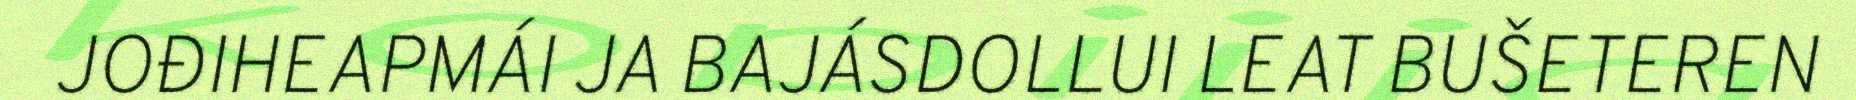
JOĐIHEAPMÁI JA BAJÁSDOLLUI LEAT BUŠETEREN